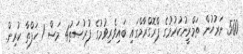
500 ނަރުހުން ތަމްރީނުކުރުމުގެ ޕްރޮގްރާމްގައި ބައިވެރިވުމުގެ ފުރުޞަތު4 މަސް 1 ހަފްތާ ކުރިން.